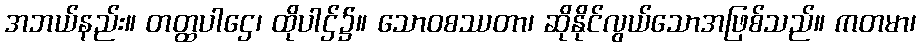
အဘယ်နည်း။ တတ္ထပါဌေ၊ ထိုပါဌ်၌။ သောဝစဿတာ၊ ဆိုနိုင်လွယ်သောအဖြစ်သည်။ ကတမာ၊